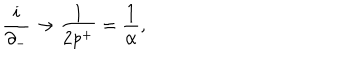
LaTeX: \frac { i } { \partial _ { - } } \rightarrow \frac { 1 } { 2 p ^ { + } } = \frac { 1 } { \alpha } ,